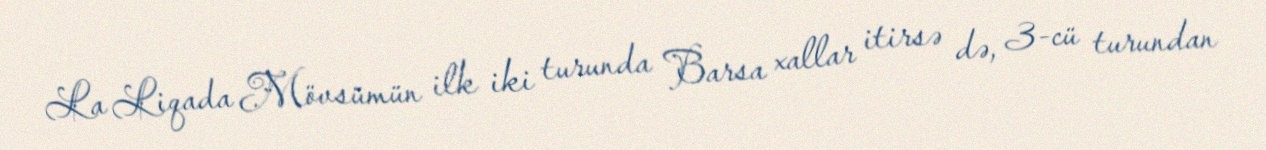
La Liqada Mövsümün ilk iki turunda Barsa xallar itirsə də, 3-cü turundan